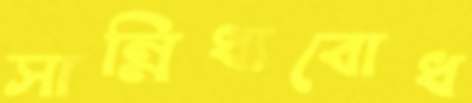
সান্নিধ্যবোধ